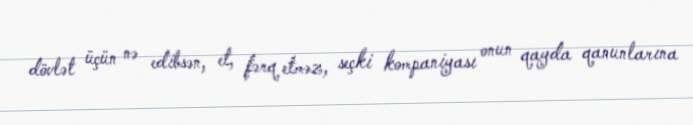
dövlət üçün nə edibsən, et, fərq etməz, seçki kompaniyası onun qayda qanunlarına